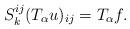
LaTeX: \begin{align*}S_k^{ij} (T_\alpha u)_{ij} = T_\alpha f.\end{align*}